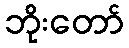
ဘိုးတော်